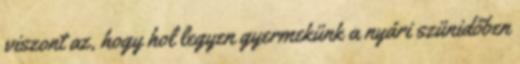
viszont az, hogy hol legyen gyermekünk a nyári szünidőben